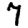
Digit: 7